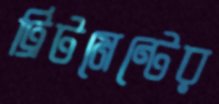
ট্রিটমেন্টের